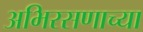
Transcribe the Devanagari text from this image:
अभिरसणाच्या